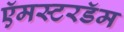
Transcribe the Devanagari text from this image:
ऍमस्टरडॅम